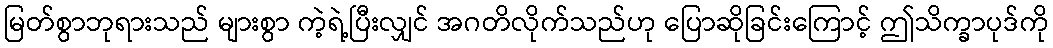
မြတ်စွာဘုရားသည် များစွာ ကဲ့ရဲ့ပြီးလျှင် အဂတိလိုက်သည်ဟု ပြောဆိုခြင်းကြောင့် ဤသိက္ခာပုဒ်ကို